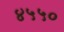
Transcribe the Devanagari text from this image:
४५५०